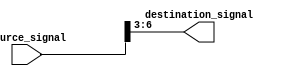
module part_select_assign(
    input [7:0] source_signal,
    output [3:0] destination_signal
);

assign destination_signal = source_signal[6:3];

endmodule